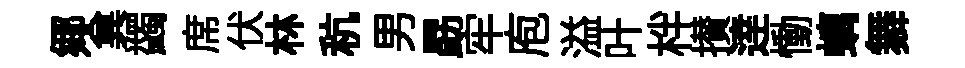
鄊兾蠲席伏林秔男勗牢庖溢叶柈攅逹慟螭舞